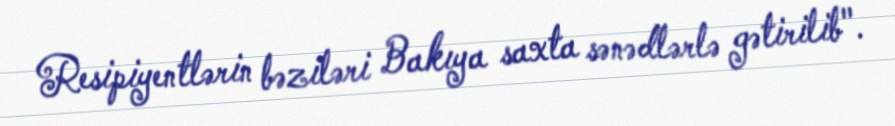
Resipiyentlərin bəziləri Bakıya saxta sənədlərlə gətirilib".